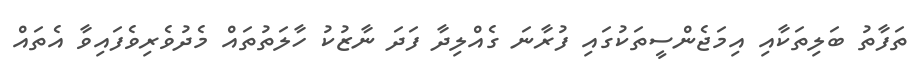
ތަފާތު ބަލިތަކާއި އިމަޖެންސީތަކުގައި ފުރާނަ ގެއްލިދާ ފަދަ ނާޒުކު ހާލަތުތައް މެދުވެރިވެފައިވާ އެތައް